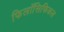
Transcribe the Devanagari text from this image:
फिलॉसिफिकल